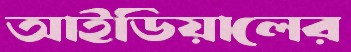
আইডিয়ালের